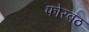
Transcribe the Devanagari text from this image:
फोरबठ